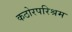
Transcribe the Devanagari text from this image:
कठोरपरिश्रम